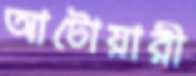
আটোয়ারী